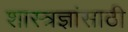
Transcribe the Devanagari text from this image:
शास्त्रज्ञांसाठी